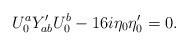
LaTeX: \begin{align*}U_{0}^a Y^\prime_{ab}U_{0}^b-16 i\eta_{0}\eta^\prime_{0} =0.\end{align*}